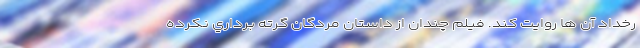
رخداد آن ها روايت کند. فيلم چندان از داستان مردگان گرته برداري نکرده